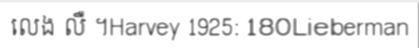
លេង លឺ ។Harvey 1925: 180Lieberman